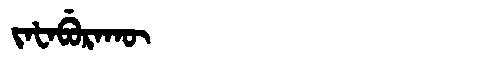
Manchu: ᠵᠠᡶᠠᠪᡠᡵᠠᡴᡡ
Romanization: JAFABURAKŪ